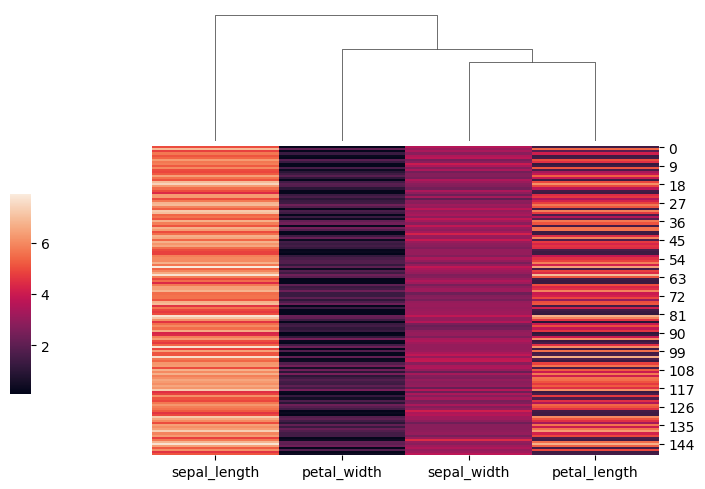
python, seaborn, clustermap, figsize=(7, 5), row_cluster=False, dendrogram_ratio=(0.2, 0.3), cbar_pos=(0, 0.2, 0.03, 0.4)